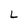
Character: L